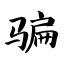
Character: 骗